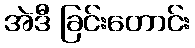
အဲဒီ ခြင်းတောင်း